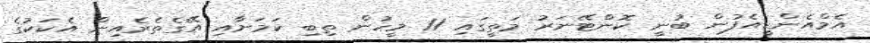
އެމްއެންޑީއެފުން ބުނީ ކޮންޓޭނަރު މަތީގައި 11 މީހުން ތިބި ކަމަށާއި އޭގެތެރެއިން އެކަކުގެ